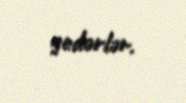
gedərlər.